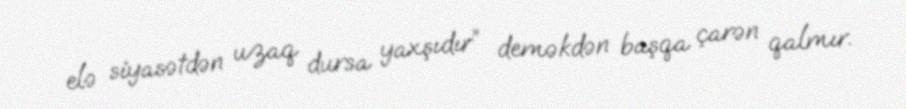
elə siyasətdən uzaq dursa yaxşıdır” deməkdən başqa çarən qalmır.